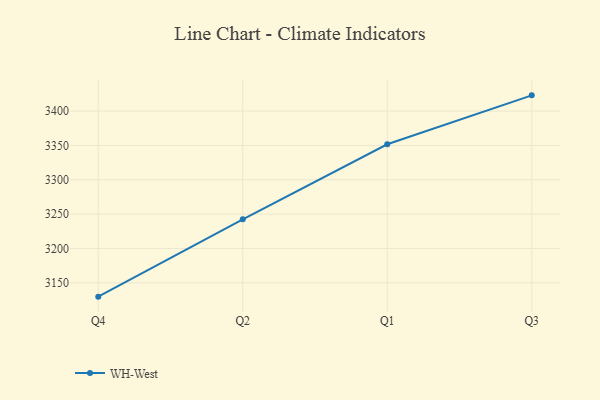
{"axis": {"x": "Quarter", "y": "Demand Index"}, "legend": ["WH-West"], "data": [{"x": "Q4", "y": 3129.9, "type": "WH-West"}, {"x": "Q2", "y": 3242.5, "type": "WH-West"}, {"x": "Q1", "y": 3351.7, "type": "WH-West"}, {"x": "Q3", "y": 3422.9, "type": "WH-West"}]}